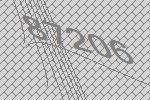
87206